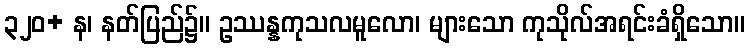
၃၂၀+ န၊ နတ်ပြည်၌။ ဥဿန္နကုသလမူလော၊ များသော ကုသိုလ်အရင်းခံရှိသော။